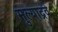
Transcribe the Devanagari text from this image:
मुल्याद्रवे